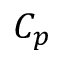
C _ { p }